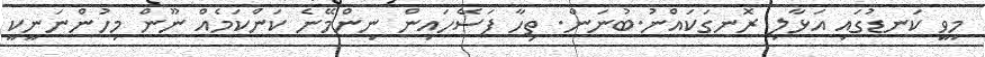
މިވީ ކަނޑުގައި އަޅާލި ރޮނގަކައްނު.ބުނަން. ތިހާ ފަސޭހައިން ނިންމޭނެ ކަންކަމެއް ނޫން މިހުންނަނީކީ